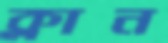
ক্লান